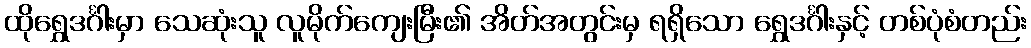
ထိုရွှေဒင်္ဂါးမှာ သေဆုံးသူ လူမိုက်ကျေးမြီး၏ အိတ်အတွင်းမှ ရရှိသော ရွှေဒင်္ဂါးနှင့် တစ်ပုံစံတည်း